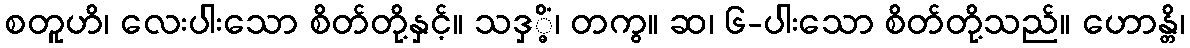
စတူဟိ၊ လေးပါးသော စိတ်တို့နှင့်။ သဒှ္ဓိံ၊ တကွ။ ဆ၊ ၆-ပါးသော စိတ်တို့သည်။ ဟောန္တိ၊